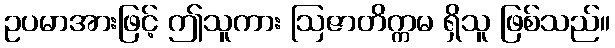
ဥပမာအားဖြင့် ဤသူကား ဩဇာတိက္ကမ ရှိသူ ဖြစ်သည်။